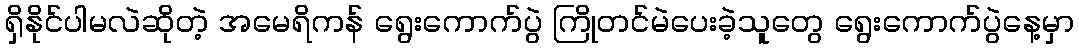
ရှိနိုင်ပါမလဲဆိုတဲ့ အမေရိကန် ရွေးကောက်ပွဲ ကြိုတင်မဲပေးခဲ့သူတွေ ရွေးကောက်ပွဲနေ့မှာ